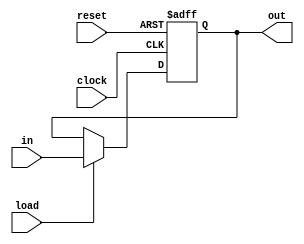
module register
	#(parameter data_size = 8)
(	input load, clock, reset,
	input [data_size-1:0] in,
	output reg [data_size-1:0] out);
	
	always@(posedge clock, posedge reset) begin
		if(reset) begin
			out <= 0;
		end
		else begin
			if(load) begin
				out <= in;
			end
			else begin
				out <= out;
			end
		end
	end
endmodule